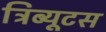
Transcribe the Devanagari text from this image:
ट्रिब्यूटस